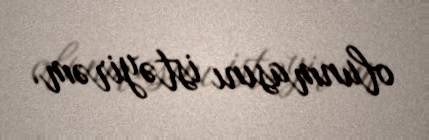
olunmasını istəyirəm.